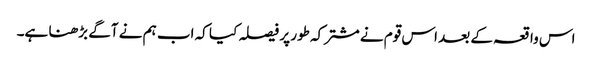
اس واقعہ کے بعد اس قوم نے مشترکہ طور پر فیصلہ کیا کہ اب ہم نے آگے بڑھنا ہے۔